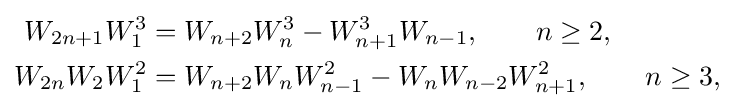
{\begin{aligned}W_{2n+1}W_{1}^{3}&=W_{n+2}W_{n}^{3}-W_{n+1}^{3}W_{n-1},\qquad n\geq 2,\\W_{2n}W_{2}W_{1}^{2}&=W_{n+2}W_{n}W_{n-1}^{2}-W_{n}W_{n-2}W_{n+1}^{2},\qquad n\geq 3,\\\end{aligned}}